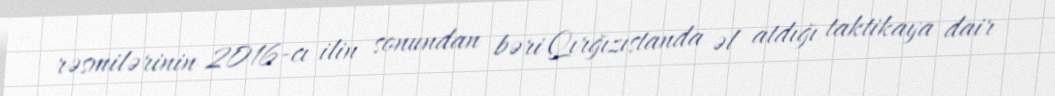
rəsmilərinin 2016-cı ilin sonundan bəri Qırğızıstanda əl atdığı taktikaya dair